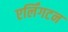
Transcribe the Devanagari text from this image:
एर्लिंगटन